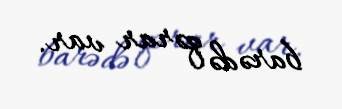
barədə qərar var.